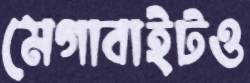
মেগাবাইটও